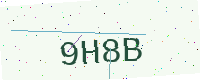
Text: 9H8B